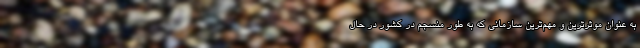
به عنوان موثرترین و مهم‌ترین سازمانی که به طور منسجم در کشور در حال